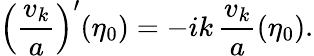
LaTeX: \left(\frac{v_{k}}{a}\right)^{\prime}(\eta_{0})=-ik\, \frac{v_{k}}{a}(\eta_{0}).